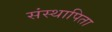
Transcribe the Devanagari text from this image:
संस्थापिता